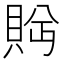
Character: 𬥕